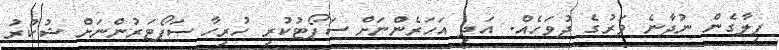
ފިލާގެން ނުދާނެ ވަރުގެ ދުވަހެއް. އަދި އަހަރެންނަށް ސަޕޯޓުކުރި ހުރިހާ ސަޕޯޓަރުންނަށް ޝުކުރު